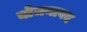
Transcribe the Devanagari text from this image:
योजनाबद